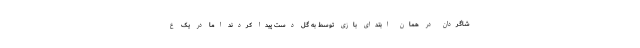
شاگردان در همان ابتدای بازی توسط به گل دست پیدا کردند اما در یک ع